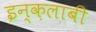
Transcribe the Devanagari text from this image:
इन्क़लाबी